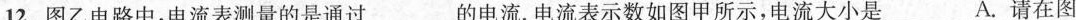
12.图乙电路中，电流表测量的是通过___的电流。电流表示数如图甲所示，电流大小是___A.请在图